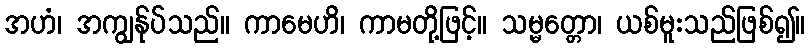
အဟံ၊ အကျွန်ုပ်သည်။ ကာမေဟိ၊ ကာမတို့ဖြင့်။ သမ္မတ္တော၊ ယစ်မူးသည်ဖြစ်၍။